Medical and sanitary report of the native army of Bengal for the year
Year: 1878
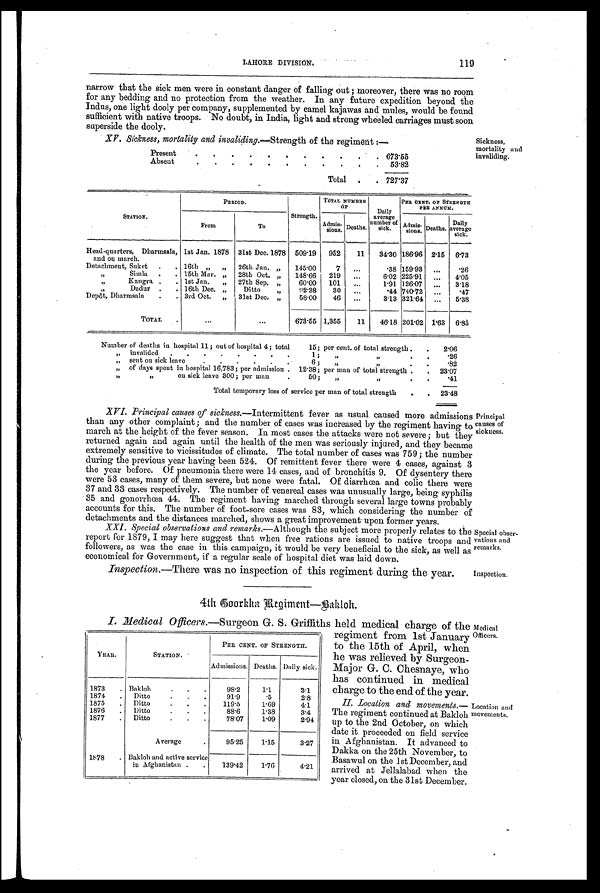
XV. Sickness, mortality and invaliding.—Strength of the regiment:—
Present.
. . . .
. 673.55
Absent.
.
. 53.82
Total
. 727.37
Sickness,
mortality and
invaliding.
Special obser
-vations and
remarks.
Inspection.
LAHORE DIVISION. 119
narrow that the sick men were in constant danger of falling out ; moreover, there was no room
for any bedding and no protection from the weather. In any future expedition beyond the
Indus, one light dooly per company, supplemented by camel kajawas and mules, would be found
sufficient with native troops. No doubt, in India, light and strong wheeled carriages must soon
superside the dooly.
STATION.
PERIOD.
Strength.
TOTAL NUMBER
OF
Daily
average
number of
sick.
PER CENT OF STRENGTH
PER ANNUM.
From
To
Admis- sions. Deaths.
Admis-
sions. Deaths.
Daily
average
sick.
Head-quarters, Dharmsala,
and on march.
1st Jan. 1878 31st Dec. 1878 509.19 952
11 84.30 186.96 2.15 6.73
Detachment, Suket . . 16th
„ „ 26th Jan. „ 145.00
7 ...
.38 159.93 ...
.26
„
Simla . . 15th Mar. „ 28th Oct. „ 148.66 219 ...
6.02 225.91 ...
4.05
„
Kangra . . 1st Jan. „ 27th Sep. „
60.00 101
. . . 1.91 126.07...
3.18
„
Dadur . . 16th Dec. „
Ditto
„
92.38 30 ...
.44 740.72 ...
.47
Depôt, Dharmsala . . 3rd Oct. „ 31st Dec, „
58.00
46 ...
3.13 321.64 ... 5.38
TOTAL .
. . .
...
673.55 1,355
11 46.18 201.02 1.63 6.85
Number of deaths in hospital 11; out of hospital 4; total
15; per cent. of total strength. . 2.06
„ invalided . . . . . . . .
1; „
„
. .
.26
„ sent on sick leave
.
. . . .
6;
„
„
. .
.82
„ of days spent in hospital 16,783; per admission . 12.38; per man of total strength .
23.07
„
on sick leave 300 ; per man
.
50;
„
„
. .
.41
Total temporary loss of service per man of total strength . . 23.48
XVI. Principal causes of sickness. —Intermittent fever as usual caused more admissions
than any other complaint ; and the number of cases was increased by the regiment having to
march at the height of the fever season. In most cases the attacks were not severe; but they
returned again and again until the health of the men was seriously injured, and they became
extremely sensitive to vicissitudes of climate. The total number of cases was 759; the number
during the previous year having been 524. Of remittent fever there were 4 cases, against 3
the year before. Of pneumonia there were 14 cases, and of bronchitis 9. Of dysentery there
were 53 cases, many of them severe, but none were fatal. Of diarrhœa and colic there were
37 and 33 cases respectively. The number of venereal cases was unusually large, being syphilis
35 and gonorrhœa 44. The regiment having marched through several large towns probably
accounts for this. The number of foot-sore cases was 83, which considering the number of
detachments and the distances marched, shows a great improvement upon former years.
XXI. Special observations and remarks.—Although the subject more properly relates to the
report for 1879, I may here suggest that when free rations are issued to native troops and
followers, as was the case in this campaign, it would be very beneficial to the sick, as well as
economical for Government, if a regular scale of hospital diet was laid down.
Inspection. —There was no inspection of this regiment during the year.
4th Coorkha Regiment—Bakloh.
I. Medical Officers. —Surgeon G. S. Griffiths held medical charge of the
regiment from 1st January
to the 15th of April, when
he was relieved by Surgeon-
Major G. C. Chesnaye, who
has continued in medical
charge to the end of the year.
II. Location and movements.
— T h e r e g i m e n t c o n t i n u e d a t B a k l o h
up to the 2nd October, on which
date it proceeded on field service
in Afghanistan. It advanced to
Dakka on the 25th November, to
Basawul on the 1st December, and
arrived at Jellalabad when the
year closed, on the 31st December.
YEAR.
STATION.
PER CENT. OF STRENGTH.
Admissions. Deaths. Daily sick.
1873 . Bakloh.
.
98.2
1.1
3.1
1874 . Ditto.
.
.
91.9
. 5 2.8
1875 . Ditto
. . . 119.5
1.69
4.1
1876 . Ditto.
.
.
88.6
1.38
3.4
1877 . Ditto.
. .
78.07
1.09
2.94
Average
95.25
1.15
3.27
1878 . Bakloh and active service
in Afghanistan . .
139.42
1.76
4.21
Principal
causes of
sickness.
Medical
Officers.
Location and
movements.